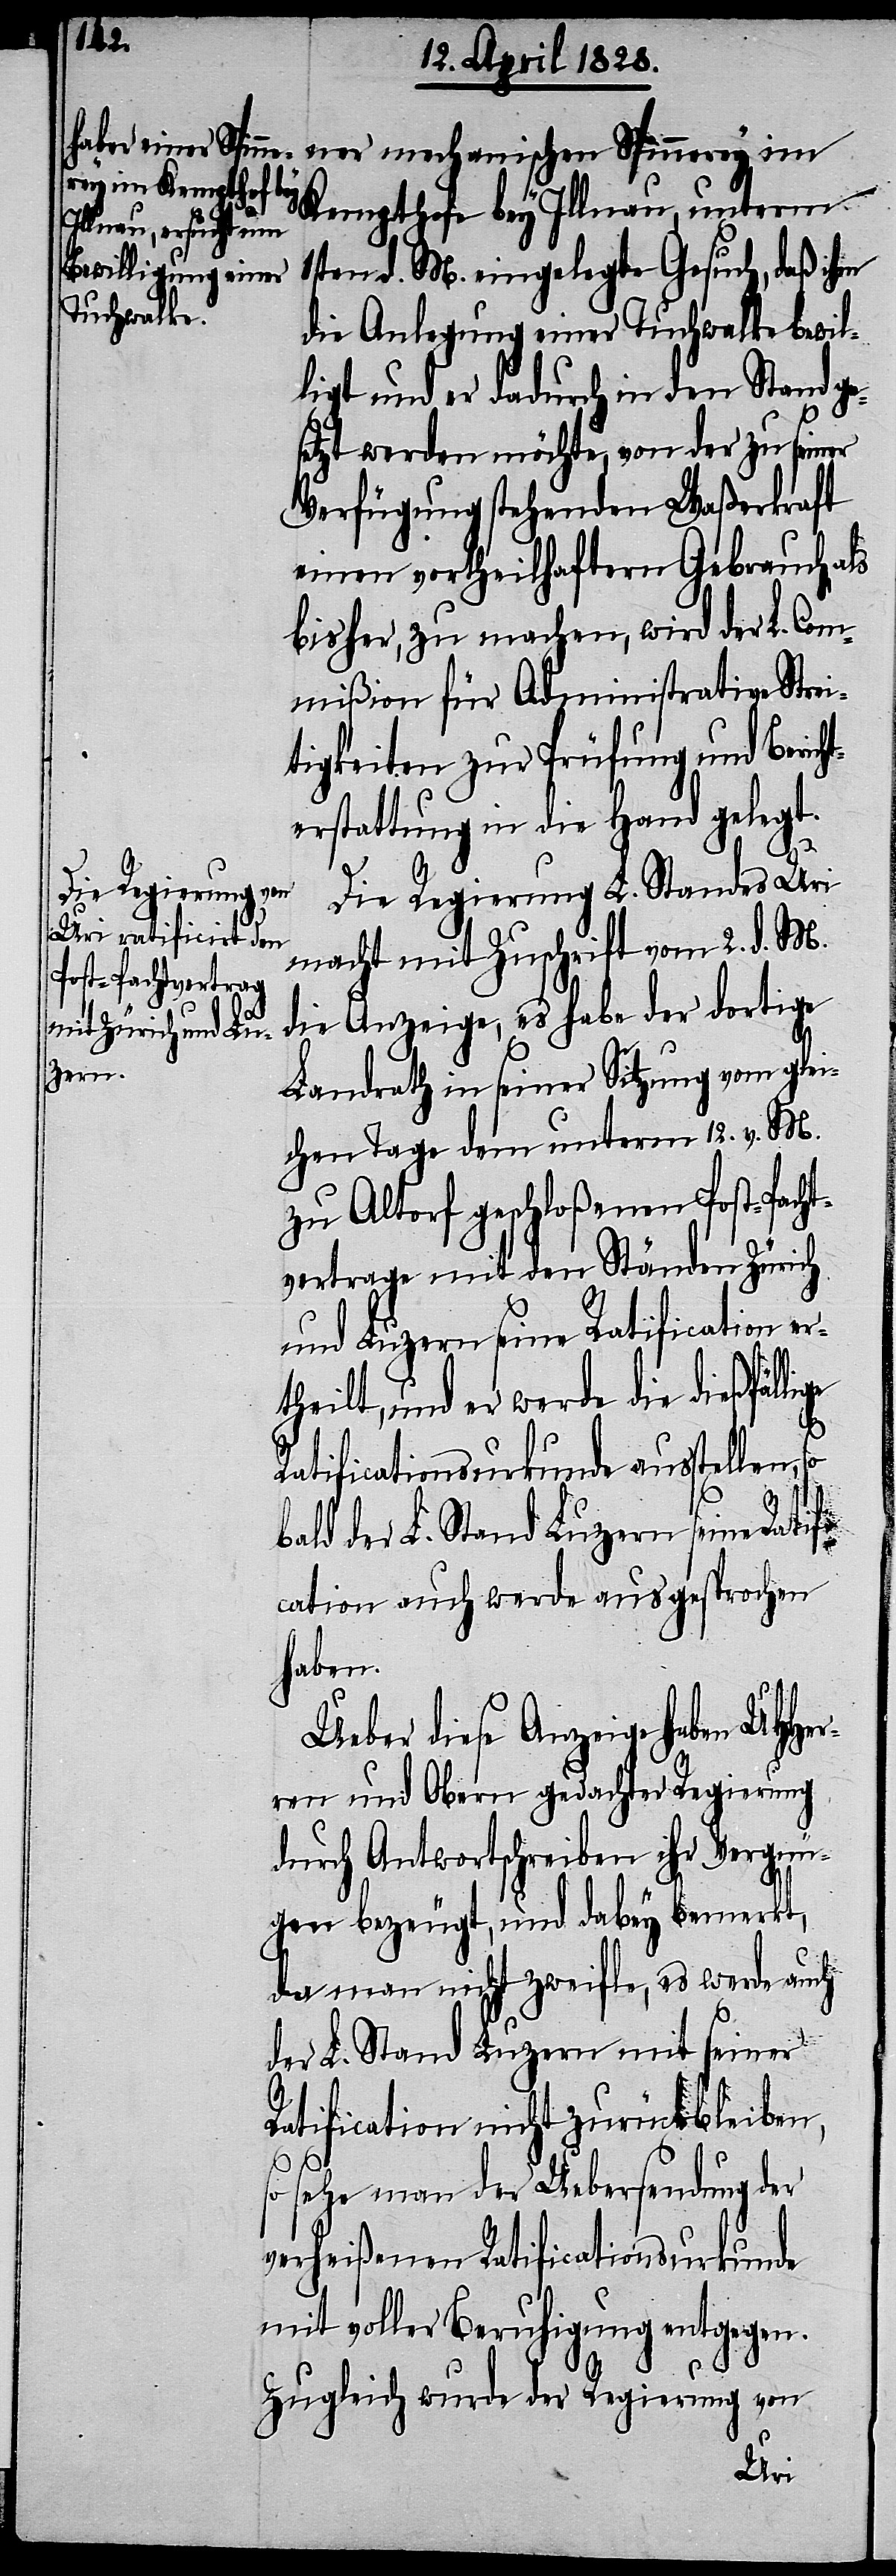
Kempthofe bey Illnau, unterm
1sten d. M. eingelegte Gesuch, daß ihm
die Anlegung einer Tuchwalke bewil¬
ligt und er dadurch in den Stand ge¬
setzt werden möchte, von der zu seiner
Verfügung stehenden Waßerkraft
einen vortheilhaftern Gebrauch, als
bisher, zu machen, wird der L. Com¬
mißion für Administrative Strei¬
tigkeiten zur Prüfung und Berich¬
terstattung in die Hand gelegt.
Die Regierung L. Standes Uri
macht mit Zuschrift vom 2. d. M.
die Anzeige, es habe der dortige
Landrath in seiner Sitzung vom glei¬
chen Tage dem unterm 12. v. M.
zu Altorf geschloßenen Post-Pacht¬
vertrage mit den Ständen Zürich
und Luzern seine Ratification er¬
theilt, und er werde die dießfälli¬
ge
Ratificationsurkunde ausstellen, so
bald der L. Stand Luzern seine Ratifi¬
cation auch werde ausgesprochen
haben.
Ueber diese Anzeige haben UHHer¬
ren und Obern gedachter Regierung
durch Antwortschreiben ihr Vergnü¬
gen bezeugt, und dabey bemerkt,
da man nicht zweifle, es werde auch
der L. Stand Luzern mit seiner
Ratification nicht zurückbleiben,
so
sehe man der Uebersendung der
verheißenen Ratificationsurkunde
mit voller Beruhigung entgegen.
Zugleich wurde der Regierung von